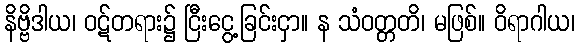
နိဗ္ဗိဒါယ၊ ဝဋ်တရား၌ ငြီးငွေ့ခြင်းငှာ။ န သံဝတ္တတိ၊ မဖြစ်။ ဝိရာဂါယ၊